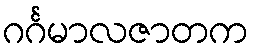
ဂင်္ဂမာလဇာတက